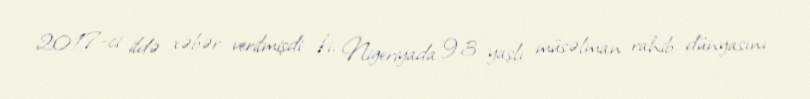
2017-ci ildə xəbər verilmişdi ki, Nigeriyada 93 yaşlı müsəlman rahib dünyasını